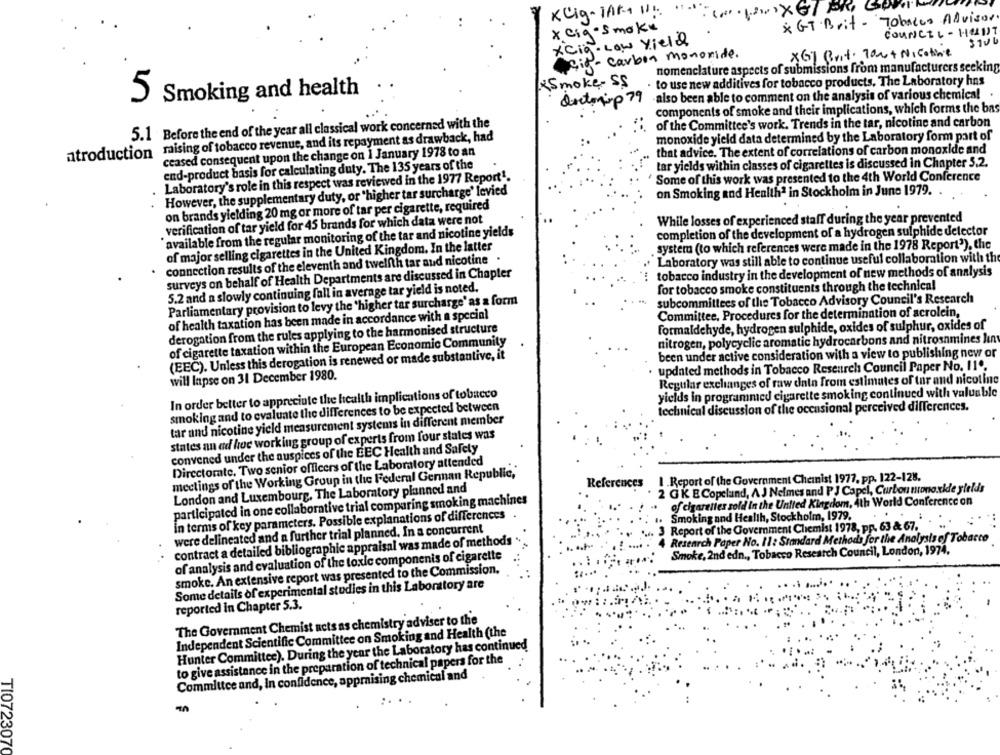
Kuig- JAK+ 11 :
& GT. Brit - Tobacco Advisor
x cig· smoke
COUNCIL - HOLDT
*cig. Low yield
X6] Brot. 7000 + Nicotine
air - carbon monoxide.
nomenclature aspects of submissions from manufacturers seeking
Smoke- SS
to use new additives for tobacco products. The Laboratory hns
5
Smoking and health
.also been able to comment on the analysis of various chemical
doctoniop 79
components of smoke and their implications, which forms the bas
5.1 Before the end of the year all classical work concerned with the
of the Committee's work. Trends in the tar, nicotine and carbon
atroduction mising of tobacco revenue, and its repayment as drawback, had
monoxide yield data determined by the Laboratory form part of
that advice. The extent of correlations of carbon monoxide and
ceased consequent upon the change on 1 January 1978 to an
end-product basis for calculating duty. The 135 years of the
tar yields within classes of cigarettes is discussed in Chapter 5.2.
Laboratory's role in this respect was reviewed in the 1977 Report1.
' Some of this work was presented to the 4th World Conference
However, the supplementary duty, or "higher tar surcharge' levied
on Smoking and Healthª in Stockholm in June 1979.
on brands yielding 20 mg or more of tar per cigarette, required
verification of tar yield for 45 brands for which data were not
While losses of experienced staff during the year prevented
`available from the regular monitoring of the tar and nicotine yields
completion of the development of a hydrogen sulphide detector
of major selling cigarettes in the United Kingdom. In the latter
. system (to which references were made in the 1978 Report3), the
connection results of the eleventh and twelfth tar aud nicotine .
Laboratory was still able to continue useful collaboration with the
surveys on behalf of Health Departments are discussed in Chapter
tobacco industry in the development of new methods of analysis
for tobacco smoke constituents through the technical
5.2 and a slowly continuing fall in average tar yield is noted.
Parliamentary provision to levy the 'higher tar surcharge' as a form
subcommittees of the Tobacco Advisory Council's Research
of health taxation has been made in accordance with a special
Committee, Procedures for the determination of acrolein,
derogation from the rules applying to the harmonised structure
formaldehyde, hydrogen sulphide, oxides of sulphur, oxides of
nitrogen, polycyclic aromatic hydrocarbons and nitrosamines hun
of cigarette taxation within the European Economic Community
(EEC). Unless this derogation is renewed or made substantive, it
been under active consideration with a view to publishing new or
updated methods in Tobacco Research Council Paper No. 11º.
will lapse on 31 December 1980.
Regular exchanges of raw data from estimates of tar and nicotine
yields in programmed cigarette smoking continued with valuable
In order better to appreciate the health implications of tobacco
smoking and to evaluate the differences to be expected between
technical discussion of the occasional perceived differences.
tar and nicotine yield measurement systems in different member
states an ad hoc working group of experts from four states was
convened under the auspices of the EEC Health and Safety
Directorate, Two senior officers of the Laboratory attended
meetings of the Working Group in the Federal German Republic,
1. Report of the Government Chemist 1977, pp. 122-128.
London and Luxembourg. The Laboratory planned and
References
2 GK E Copeland, A J Nelmes and PJ Capel, Curbou nonoxkle yields
participated in one collaborative trial comparing smoking machines
..
of cigarettes sold in the United Kingdom, 4th World Conference on
in terms of key parameters. Possible explanations of differences
Smoking and Health, Stockholm, 1979,
3 Report of the Government Chemist 1978, pp. 63 & 67.
were delineated and a further trial planned. In a concurrent
contract a detailed bibliographic appraisal was made of methods
4 Research Paper No. 11: Standard Methods for the Analysis of Tobacco
Smoke, 2nd edn ., Tobacco Research Council, London, 1974.
of analysis and evaluation of the toxic components of cigarette
smoke. An extensive report was presented to the Commission.
Some details of experimental studies in this Laboratory are
reported in Chapter 5.3.
The Government Chemist acts as chemistry adviser to the
Independent Scientific Committee on Smoking and Health (the
Hunter Committee). During the year the Laboratory has continued
to give assistance in the preparation of technical papers for the
Committee and, In confidence, appraising chemical and
TI0723070